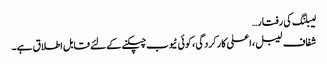
لیبلنگ کی رفتار…
شفاف لیبل ، اعلی کارکردگی ، کوئی ٹیوب چپکنے کے لئے قابل اطلاق ہے۔